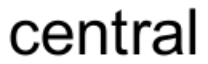
central